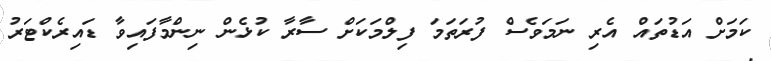
ކަމަށް އަޑުތައް އެރި ނަމަވެސް ފުރަތަމަ ފިލްމަކަށް ސާރާ ކުޅެން ނިންމާފައިވާ ޑައިރެކްޓަރު